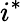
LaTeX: i^{*}